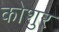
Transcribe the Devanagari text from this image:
कोशुर